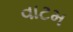
વાટમ